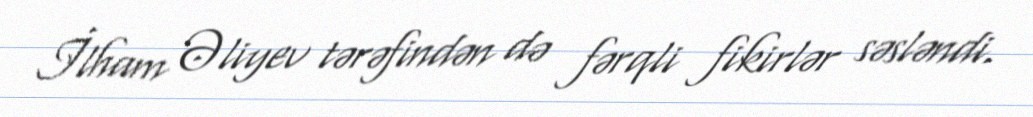
İlham Əliyev tərəfindən də fərqli fikirlər səsləndi.